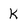
Character: K